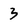
Character: 3